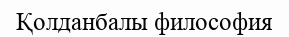
Қолданбалы философия